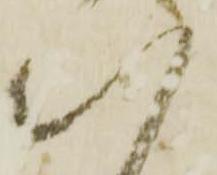
八